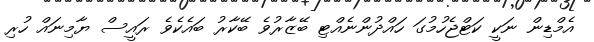
އެމްޑިން ނަކީ ކަޓްޖެހުމުގަ ހައްދުންނެއްޓި ބޭޒާރުވެ ބޭކާރު ބައެކެވެ ރައީސް ޔާމިނައް ހުރި